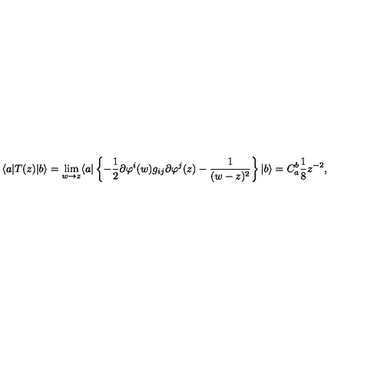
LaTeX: \langle a | T ( z ) | b \rangle = \lim _ { w \rightarrow z } \langle a | \left\{ - { \frac { 1 } { 2 } } \partial \varphi ^ { i } ( w ) g _ { i j } \partial \varphi ^ { j } ( z ) - { \frac { 1 } { ( w - z ) ^ { 2 } } } \right\} | b \rangle = C _ { a } ^ { b } { \frac { 1 } { 8 } } z ^ { - 2 } ,